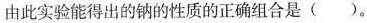
由此实验能得出的钠的性质的正确组合是()。